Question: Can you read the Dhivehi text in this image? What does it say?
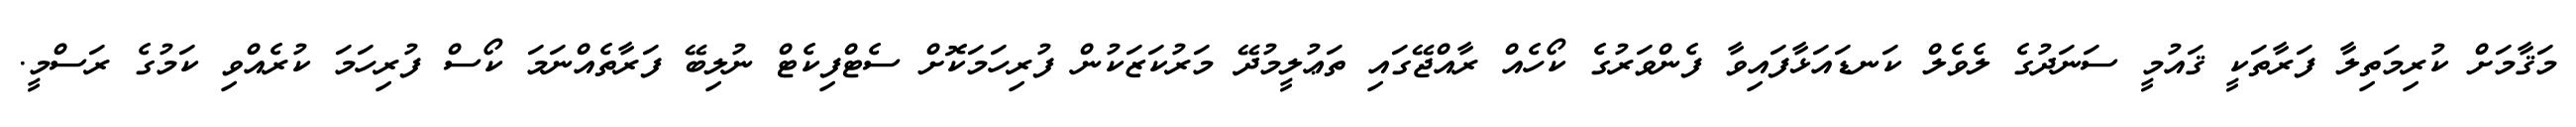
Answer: މަޤާމަށް ކުރިމަތިލާ ފަރާތަކީ ޤައުމީ ސަނަދުގެ ލެވެލް ކަނޑައަޅާފައިވާ ފެންވަރުގެ ކޯހެއް ރާއްޖޭގައި ތަޢުލީމުދޭ މަރުކަޒަކުން ފުރިހަމަކޮށް ސެޓްފިކެޓް ނުލިބޭ ފަރާތެއްނަމަ ކޯސް ފުރިހަމަ ކުރެއްވި ކަމުގެ ރަސްމީ.